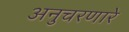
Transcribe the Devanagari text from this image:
अनुचरणारे